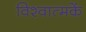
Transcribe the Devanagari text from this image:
विश्वात्मकें